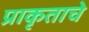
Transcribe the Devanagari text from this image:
प्राकृताचे